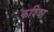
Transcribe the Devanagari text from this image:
कश्शि